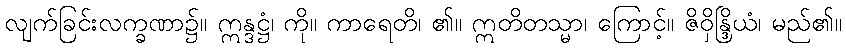
လျက်ခြင်းလက္ခဏာ၌။ ဣန္ဒဋ္ဌံ၊ ကို။ ကာရေတိ၊ ၏။ ဣတိတသ္မာ၊ ကြောင့်။ ဇိဝှိန္ဒြိယံ၊ မည်၏။